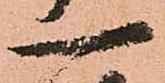
一